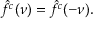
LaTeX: { \hat { f } } ^ { c } ( \nu ) = { \hat { f } } ^ { c } ( - \nu ) .